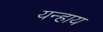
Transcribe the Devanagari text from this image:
यन्हाय